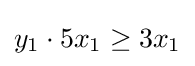
y_{1}\cdot 5x_{1}\geq 3x_{1}